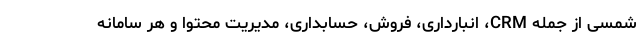
شمسی از جمله CRM، انبارداری، فروش، حسابداری، مدیریت محتوا و هر سامانه